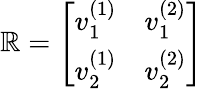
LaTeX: \boldsymbol{\mathbb{R}}=\left[\begin{array}{ll}{v_{1}^{(1)}}&{v_{1}^{(2)}}\\ {v_{2}^{(1)}}&{v_{2}^{(2)}}\end{array}\right]